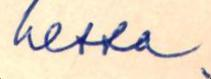
hessa